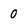
Character: 0